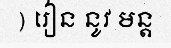
) រៀន នូវ មន្ត